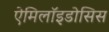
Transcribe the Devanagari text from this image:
ऐमिलॉइडोसिस